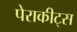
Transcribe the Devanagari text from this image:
पेराकीट्स